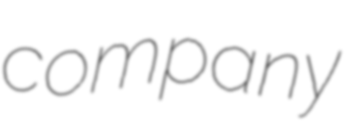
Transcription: company